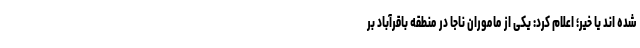
شده اند یا خیر؛ اعلام کرد: یکی از ماموران ناجا در منطقه باقرآباد بر